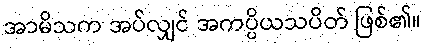
အာမိသက အပ်လျှင် အကပ္ပိယသပိတ် ဖြစ်၏။